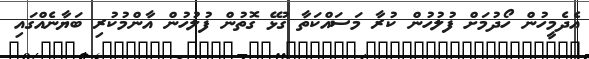
އެދެމީހުން ހޯދުމަށް ފުލުހުން ކުރާ މަސައްކަތާ ގުޅޭ ގޮތުން ފުލުހުން އާންމުކުރި ބަޔާނެއްގައި